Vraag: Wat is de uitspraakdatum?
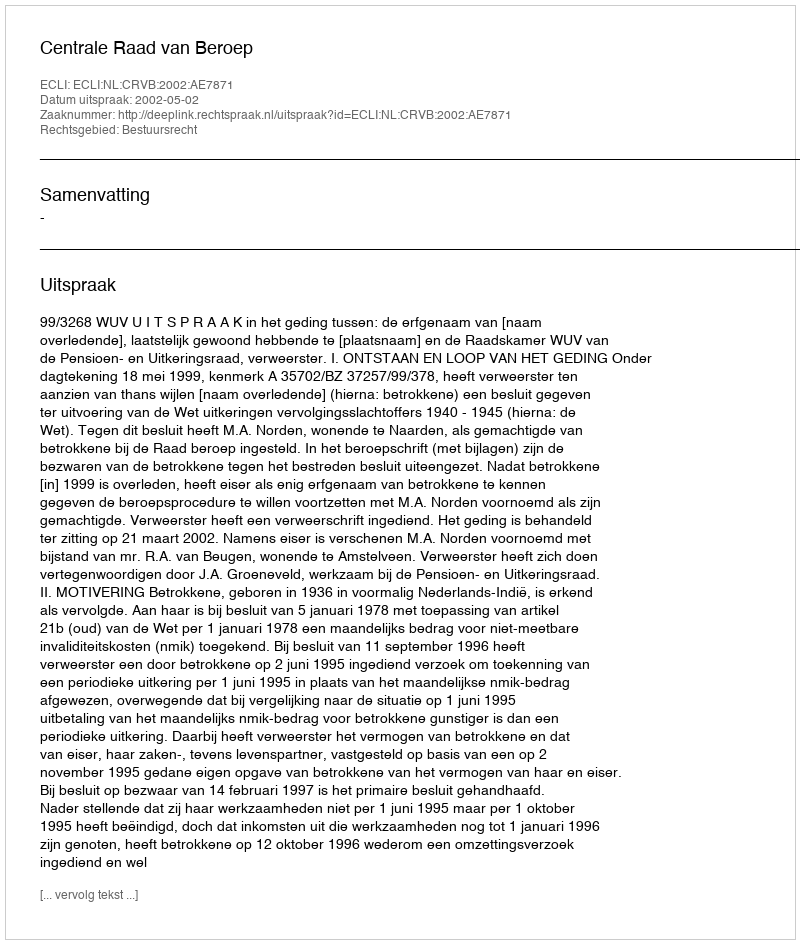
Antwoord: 2002-05-02